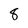
Character: 8